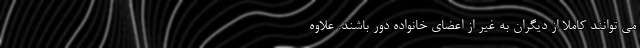
می توانند کاملا از دیگران به غیر از اعضای خانواده دور باشند. علاوه